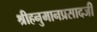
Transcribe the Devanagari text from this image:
श्रीहनुमानप्रसादजी